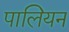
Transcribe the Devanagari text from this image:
पालियन